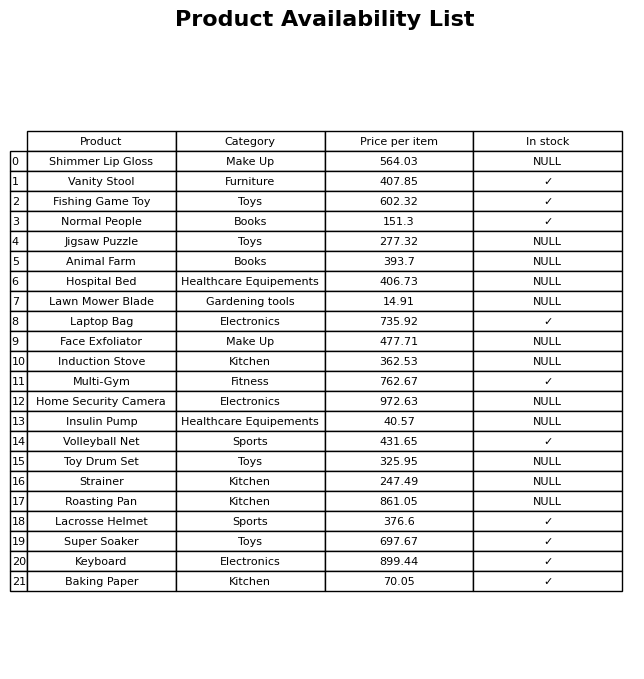
question: What is the price of the Hospital Bed?
answer: The price of Hospital Bed is 406.73.